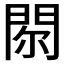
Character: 𨳴